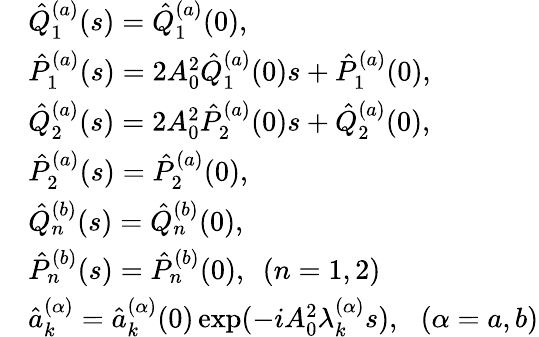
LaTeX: \begin{array}{rl}&{\hat{Q}_{1}^{(a)}(s)=\hat{Q}_{1}^{(a)}(0),}\\ &{\hat{P}_{1}^{(a)}(s)=2A_{0}^{2}\hat{Q}_{1}^{(a)}(0)s+\hat{P}_{1}^{(a)}(0),}\\ &{\hat{Q}_{2}^{(a)}(s)=2A_{0}^{2}\hat{P}_{2}^{(a)}(0)s+\hat{Q}_{2}^{(a)}(0),}\\ &{\hat{P}_{2}^{(a)}(s)=\hat{P}_{2}^{(a)}(0),}\\ &{\hat{Q}_{n}^{(b)}(s)=\hat{Q}_{n}^{(b)}(0),}\\ &{\hat{P}_{n}^{(b)}(s)=\hat{P}_{n}^{(b)}(0),\, \, \, (n=1,2)}\\ &{\hat{a}_{k}^{(\alpha)}=\hat{a}_{k}^{(\alpha)}(0)\exp(-iA_{0}^{2}\lambda_{k}^{(\alpha)}s),\, \, \, \, (\alpha=a,b)}\end{array}